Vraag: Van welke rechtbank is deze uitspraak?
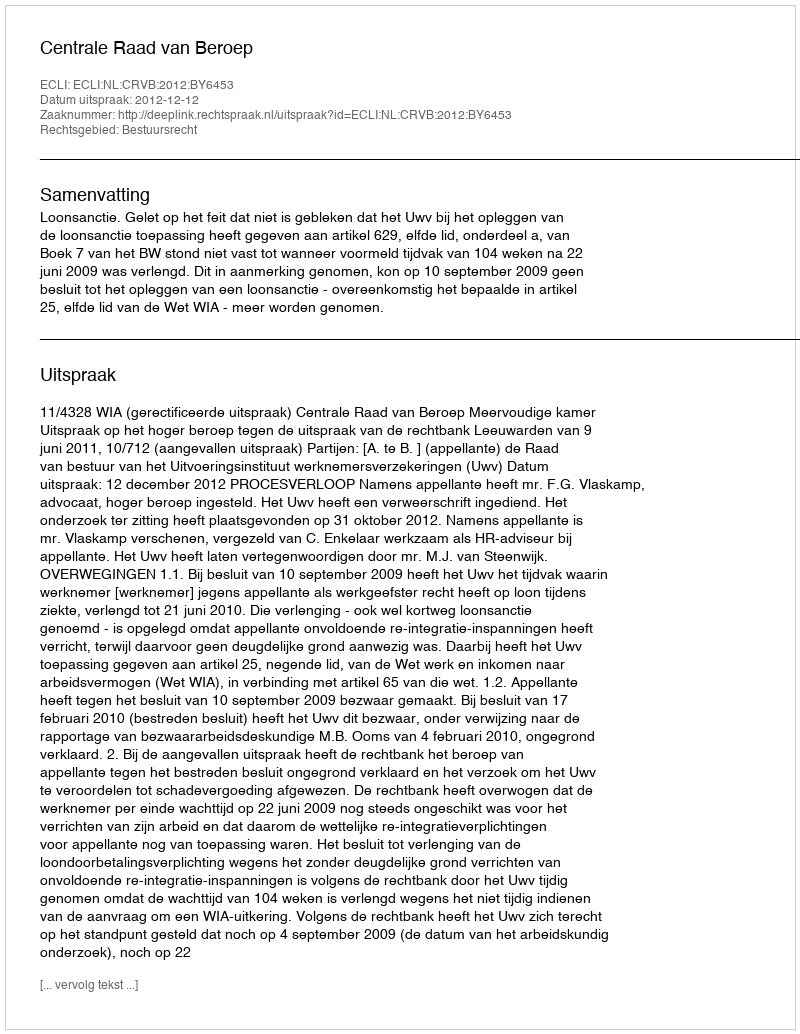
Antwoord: Centrale Raad van Beroep